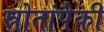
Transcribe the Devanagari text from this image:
स्रोतांपैकी